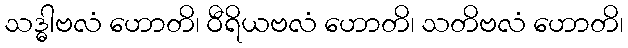
သဒ္ဓါဗလံ ဟောတိ၊ ဝီရိယဗလံ ဟောတိ၊ သတိဗလံ ဟောတိ၊